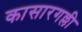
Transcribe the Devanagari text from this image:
कासारगल्ली